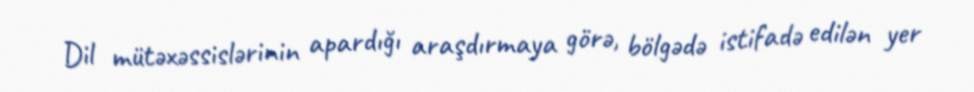
Dil mütəxəssislərinin apardığı araşdırmaya görə, bölgədə istifadə edilən yer